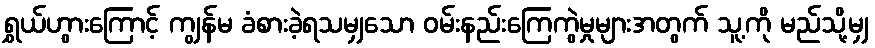
ရွှယ်ဟွားကြောင့် ကျွန်မ ခံစားခဲ့ရသမျှသော ဝမ်းနည်းကြေကွဲမှုများအတွက် သူ့ကို မည်သို့မျှ